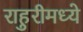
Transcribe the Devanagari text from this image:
राहुरीमध्ये